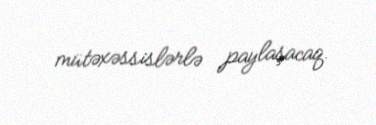
mütəxəssislərlə paylaşacaq.